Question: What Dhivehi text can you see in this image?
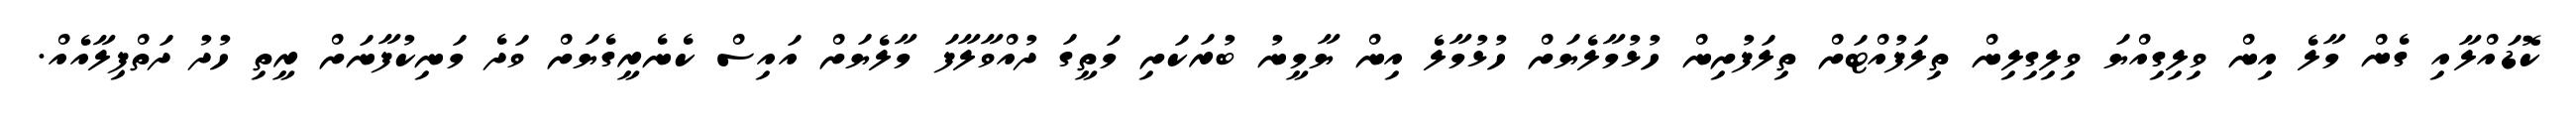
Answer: ކޮޑައްލާއި ގެން މާލެ އިން ވިލިގިއްޔަ ވިލިގިލިން ތިލަފުއްޓަށް ތިލަފުށިން ހުޅުމާލެޔަށް ހުޅުމާލެ އިން ޔާމީނު ބުރަކަށި މަތީގަ ދުއްވާލާފަ މާލެޔަށް އައިސް ކެނެރީގެޔަށް ވަދެ މަނިކުފާނަށް ރީތި ހުދު ދަތްޕިލާއެއް.